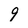
Character: 9